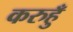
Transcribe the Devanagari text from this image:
करुहुँ